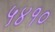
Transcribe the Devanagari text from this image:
५४१०